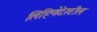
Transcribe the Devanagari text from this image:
लिहिणेदेखील